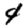
Digit: 4